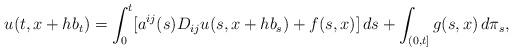
LaTeX: \begin{align*} u(t,x +hb_{t})=\int_{0}^{t}[a^{ij}(s)D_{ij}u (s,x +hb_{s})+f(s,x )]\,ds+\int_{(0,t]} g(s,x)\,d\pi_{s},\end{align*}